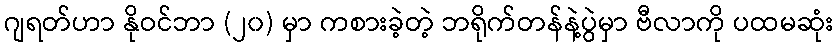
ဂျရတ်ဟာ နိုဝင်ဘာ (၂၀) မှာ ကစားခဲ့တဲ့ ဘရိုက်တန်နဲ့ပွဲမှာ ဗီလာကို ပထမဆုံး